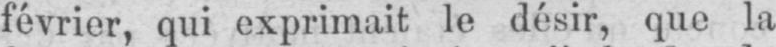
février, qui exprimait le désir, que la